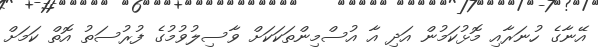
އޭނާގެ ހުނަރާއި މޮޅުކަމުން އަދި އާ އުސްމިންތަކަކަށް ވާސިލުވުމުގެ ފުރުސަތު އޮތް ކަމަށް